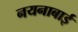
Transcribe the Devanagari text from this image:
नयनाबाई